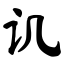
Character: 讥